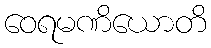
ဝေရမဏိယောတိ